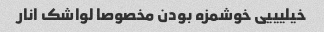
خیلیییی خوشمزه بودن مخصوصا لواشک انار